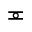
\eqcirc